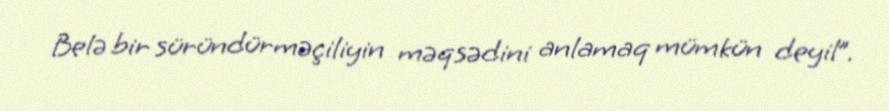
Belə bir süründürməçiliyin məqsədini anlamaq mümkün deyil”.